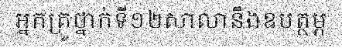
អ្នកគ្រូថ្នាក់ទី១២សាលានឹងឧបត្ថម្ភ